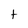
Character: t